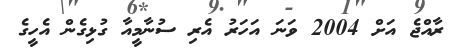
ރާއްޖެ އަށް 2004 ވަނަ އަހަރު އެރި ސުނާމީއާ ގުޅިގެން އެހީގެ